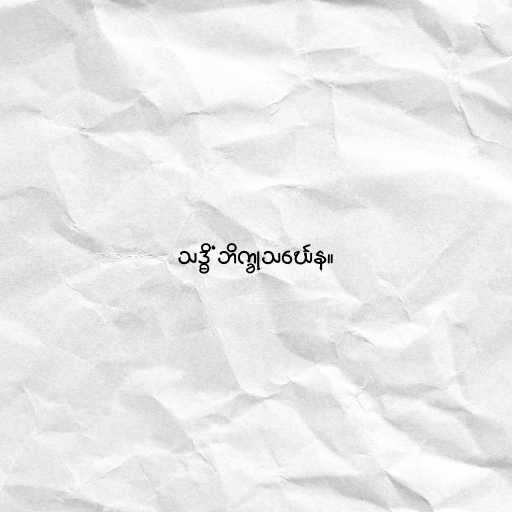
သဒ္ဓိံ ဘိက္ခုသင်္ဃေန။